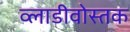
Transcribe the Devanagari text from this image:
व्लाडीवोस्तक